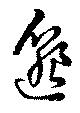
邈